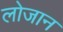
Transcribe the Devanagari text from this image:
लोजान